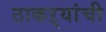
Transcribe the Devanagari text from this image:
ठाकऱ्यांची